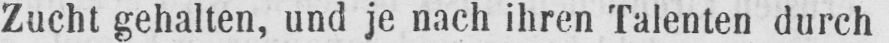
Zucht gehalten, und je nach ihren Talenten durch